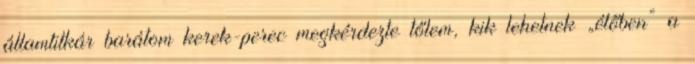
államtitkár barátom kerek-perec megkérdezte tőlem, kik lehetnek „élőben” a